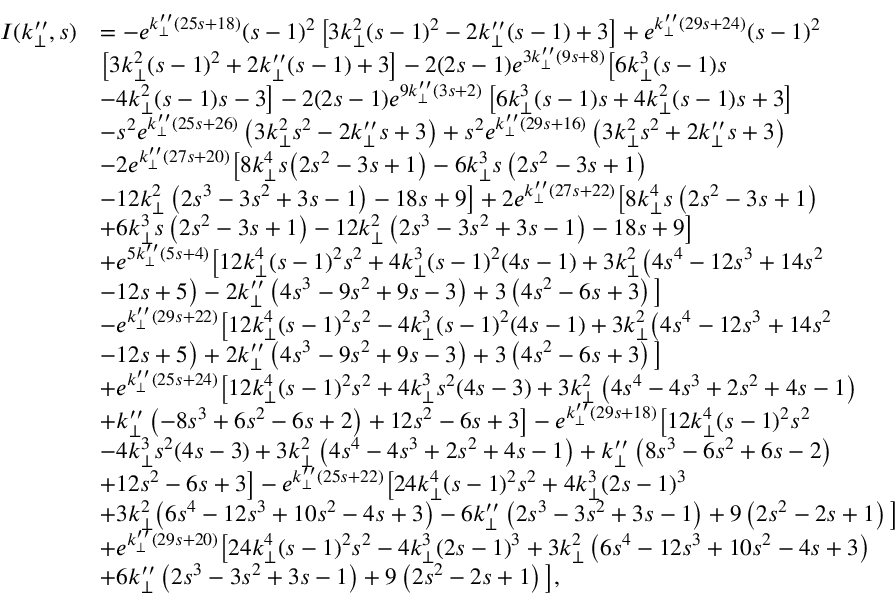
\begin{array} { r l } { I ( k _ { \perp } ^ { \prime \prime } , s ) } & { = - e ^ { k _ { \perp } ^ { \prime \prime } ( 2 5 s + 1 8 ) } ( s - 1 ) ^ { 2 } \left[ 3 k _ { \perp } ^ { 2 } ( s - 1 ) ^ { 2 } - 2 k _ { \perp } ^ { \prime \prime } ( s - 1 ) + 3 \right] + e ^ { k _ { \perp } ^ { \prime \prime } ( 2 9 s + 2 4 ) } ( s - 1 ) ^ { 2 } } \\ & { \big [ 3 k _ { \perp } ^ { 2 } ( s - 1 ) ^ { 2 } + 2 k _ { \perp } ^ { \prime \prime } ( s - 1 ) + 3 \big ] - 2 ( 2 s - 1 ) e ^ { 3 k _ { \perp } ^ { \prime \prime } ( 9 s + 8 ) } \big [ 6 k _ { \perp } ^ { 3 } ( s - 1 ) s } \\ & { - 4 k _ { \perp } ^ { 2 } ( s - 1 ) s - 3 \big ] - 2 ( 2 s - 1 ) e ^ { 9 k _ { \perp } ^ { \prime \prime } ( 3 s + 2 ) } \left[ 6 k _ { \perp } ^ { 3 } ( s - 1 ) s + 4 k _ { \perp } ^ { 2 } ( s - 1 ) s + 3 \right] } \\ & { - s ^ { 2 } e ^ { k _ { \perp } ^ { \prime \prime } ( 2 5 s + 2 6 ) } \left( 3 k _ { \perp } ^ { 2 } s ^ { 2 } - 2 k _ { \perp } ^ { \prime \prime } s + 3 \right) + s ^ { 2 } e ^ { k _ { \perp } ^ { \prime \prime } ( 2 9 s + 1 6 ) } \left( 3 k _ { \perp } ^ { 2 } s ^ { 2 } + 2 k _ { \perp } ^ { \prime \prime } s + 3 \right) } \\ & { - 2 e ^ { k _ { \perp } ^ { \prime \prime } ( 2 7 s + 2 0 ) } \big [ 8 k _ { \perp } ^ { 4 } s \big ( 2 s ^ { 2 } - 3 s + 1 \big ) - 6 k _ { \perp } ^ { 3 } s \left( 2 s ^ { 2 } - 3 s + 1 \right) } \\ & { - 1 2 k _ { \perp } ^ { 2 } \left( 2 s ^ { 3 } - 3 s ^ { 2 } + 3 s - 1 \right) - 1 8 s + 9 \big ] + 2 e ^ { k _ { \perp } ^ { \prime \prime } ( 2 7 s + 2 2 ) } \big [ 8 k _ { \perp } ^ { 4 } s \left( 2 s ^ { 2 } - 3 s + 1 \right) } \\ & { + 6 k _ { \perp } ^ { 3 } s \left( 2 s ^ { 2 } - 3 s + 1 \right) - 1 2 k _ { \perp } ^ { 2 } \left( 2 s ^ { 3 } - 3 s ^ { 2 } + 3 s - 1 \right) - 1 8 s + 9 \big ] } \\ & { + e ^ { 5 k _ { \perp } ^ { \prime \prime } ( 5 s + 4 ) } \big [ 1 2 k _ { \perp } ^ { 4 } ( s - 1 ) ^ { 2 } s ^ { 2 } + 4 k _ { \perp } ^ { 3 } ( s - 1 ) ^ { 2 } ( 4 s - 1 ) + 3 k _ { \perp } ^ { 2 } \big ( 4 s ^ { 4 } - 1 2 s ^ { 3 } + 1 4 s ^ { 2 } } \\ & { - 1 2 s + 5 \big ) - 2 k _ { \perp } ^ { \prime \prime } \left( 4 s ^ { 3 } - 9 s ^ { 2 } + 9 s - 3 \right) + 3 \left( 4 s ^ { 2 } - 6 s + 3 \right) \big ] } \\ & { - e ^ { k _ { \perp } ^ { \prime \prime } ( 2 9 s + 2 2 ) } \big [ 1 2 k _ { \perp } ^ { 4 } ( s - 1 ) ^ { 2 } s ^ { 2 } - 4 k _ { \perp } ^ { 3 } ( s - 1 ) ^ { 2 } ( 4 s - 1 ) + 3 k _ { \perp } ^ { 2 } \big ( 4 s ^ { 4 } - 1 2 s ^ { 3 } + 1 4 s ^ { 2 } } \\ & { - 1 2 s + 5 \big ) + 2 k _ { \perp } ^ { \prime \prime } \left( 4 s ^ { 3 } - 9 s ^ { 2 } + 9 s - 3 \right) + 3 \left( 4 s ^ { 2 } - 6 s + 3 \right) \big ] } \\ & { + e ^ { k _ { \perp } ^ { \prime \prime } ( 2 5 s + 2 4 ) } \big [ 1 2 k _ { \perp } ^ { 4 } ( s - 1 ) ^ { 2 } s ^ { 2 } + 4 k _ { \perp } ^ { 3 } s ^ { 2 } ( 4 s - 3 ) + 3 k _ { \perp } ^ { 2 } \left( 4 s ^ { 4 } - 4 s ^ { 3 } + 2 s ^ { 2 } + 4 s - 1 \right) } \\ & { + k _ { \perp } ^ { \prime \prime } \left( - 8 s ^ { 3 } + 6 s ^ { 2 } - 6 s + 2 \right) + 1 2 s ^ { 2 } - 6 s + 3 \big ] - e ^ { k _ { \perp } ^ { \prime \prime } ( 2 9 s + 1 8 ) } \big [ 1 2 k _ { \perp } ^ { 4 } ( s - 1 ) ^ { 2 } s ^ { 2 } } \\ & { - 4 k _ { \perp } ^ { 3 } s ^ { 2 } ( 4 s - 3 ) + 3 k _ { \perp } ^ { 2 } \left( 4 s ^ { 4 } - 4 s ^ { 3 } + 2 s ^ { 2 } + 4 s - 1 \right) + k _ { \perp } ^ { \prime \prime } \left( 8 s ^ { 3 } - 6 s ^ { 2 } + 6 s - 2 \right) } \\ & { + 1 2 s ^ { 2 } - 6 s + 3 \big ] - e ^ { k _ { \perp } ^ { \prime \prime } ( 2 5 s + 2 2 ) } \big [ 2 4 k _ { \perp } ^ { 4 } ( s - 1 ) ^ { 2 } s ^ { 2 } + 4 k _ { \perp } ^ { 3 } ( 2 s - 1 ) ^ { 3 } } \\ & { + 3 k _ { \perp } ^ { 2 } \big ( 6 s ^ { 4 } - 1 2 s ^ { 3 } + 1 0 s ^ { 2 } - 4 s + 3 \big ) - 6 k _ { \perp } ^ { \prime \prime } \left( 2 s ^ { 3 } - 3 s ^ { 2 } + 3 s - 1 \right) + 9 \left( 2 s ^ { 2 } - 2 s + 1 \right) \big ] } \\ & { + e ^ { k _ { \perp } ^ { \prime \prime } ( 2 9 s + 2 0 ) } \big [ 2 4 k _ { \perp } ^ { 4 } ( s - 1 ) ^ { 2 } s ^ { 2 } - 4 k _ { \perp } ^ { 3 } ( 2 s - 1 ) ^ { 3 } + 3 k _ { \perp } ^ { 2 } \left( 6 s ^ { 4 } - 1 2 s ^ { 3 } + 1 0 s ^ { 2 } - 4 s + 3 \right) } \\ & { + 6 k _ { \perp } ^ { \prime \prime } \left( 2 s ^ { 3 } - 3 s ^ { 2 } + 3 s - 1 \right) + 9 \left( 2 s ^ { 2 } - 2 s + 1 \right) \big ] , } \end{array}